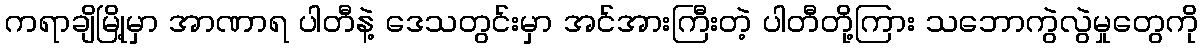
ကရာချိမြို့မှာ အာဏာရ ပါတီနဲ့ ဒေသတွင်းမှာ အင်အားကြီးတဲ့ ပါတီတို့ကြား သဘောကွဲလွဲမှုတွေကို